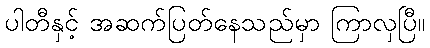
ပါတီနှင့် အဆက်ပြတ်နေသည်မှာ ကြာလှပြီ။